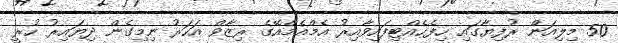
50 މިލިއަން ރުފިޔާގައި ހިފެހެއްޓިފައިވާއިރު އެމްއެމްއޭގެ ރިޒާވް އަހަރު ނިމިގެން ދިޔައިރު ހުރީ